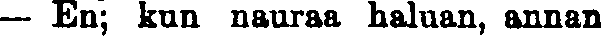
— En; kun nauraa haluan, annan